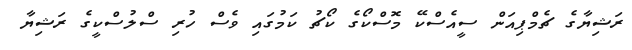
ރަޝިޔާގެ ޗެމްޕިއަން ސީއެސްކޭ މޮސްކޯގެ ކޯޗު ކަމުގައި ވެސް ހުރި ސްލުސްކީގެ ރަޝިޔާ